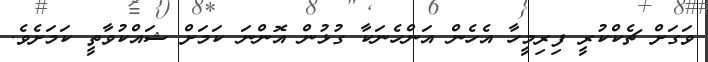
ވަގަށް ޗެކްކުރީ ފިރިމީހާ އެހެން އަންހެނަކާ ގުޅުން އޮންނަ ކަމަށް ޝައްކުވާތީ ކަމަށެވެ.